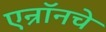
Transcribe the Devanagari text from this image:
एन्रॉनचे